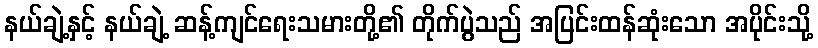
နယ်ချဲ့နှင့် နယ်ချဲ့ ဆန့်ကျင်ရေးသမားတို့၏ တိုက်ပွဲသည် အပြင်းထန်ဆုံးသော အပိုင်းသို့